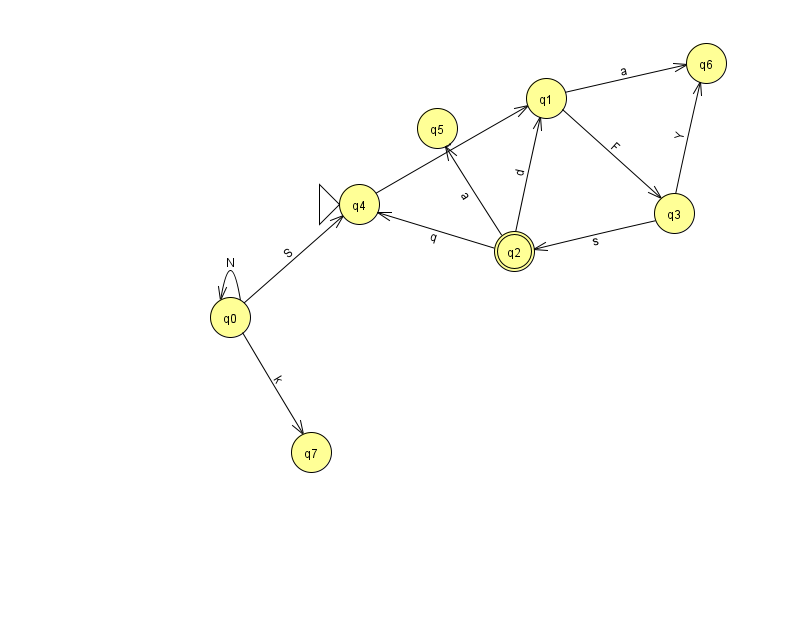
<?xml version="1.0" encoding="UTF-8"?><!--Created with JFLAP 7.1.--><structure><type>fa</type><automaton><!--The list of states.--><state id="0" name="q0"><x>230.0</x><y>304.0</y></state><state id="1" name="q1"><x>546.0</x><y>85.0</y></state><state id="2" name="q2"><x>514.0</x><y>238.0</y><final/></state><state id="3" name="q3"><x>674.0</x><y>200.0</y></state><state id="4" name="q4"><x>359.0</x><y>191.0</y><initial/></state><state id="5" name="q5"><x>437.0</x><y>115.0</y></state><state id="6" name="q6"><x>706.0</x><y>50.0</y></state><state id="7" name="q7"><x>311.0</x><y>439.0</y></state><!--The list of transitions.--><transition><from>1</from><to>3</to><read>F</read></transition><transition><from>3</from><to>6</to><read>Y</read></transition><transition><from>4</from><to>1</to><read>a</read></transition><transition><from>2</from><to>1</to><read>d</read></transition><transition><from>2</from><to>4</to><read>q</read></transition><transition><from>3</from><to>2</to><read>s</read></transition><transition><from>0</from><to>4</to><read>S</read></transition><transition><from>0</from><to>7</to><read>k</read></transition><transition><from>0</from><to>0</to><read>N</read></transition><transition><from>1</from><to>6</to><read>a</read></transition><transition><from>2</from><to>5</to><read>a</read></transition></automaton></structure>